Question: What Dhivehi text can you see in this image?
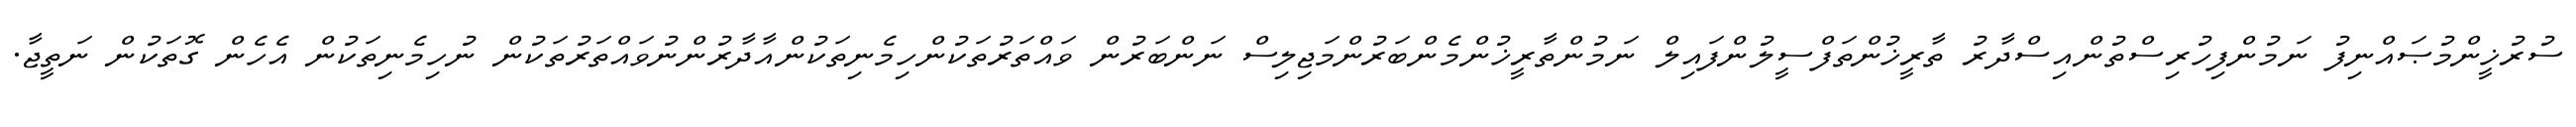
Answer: ސުރުޚީންމުޞައްނިފު ނަމުންފިހުރިސްތުންއިސްދާރު ތާރީޚުންތަފްސީލުންފައިލް ނަމުންތާރީޚުންމެންބަރުންމަޖިލިސް ނަންބަރުން ވައްތަރުތަކުންހިމެނިތަކުންއާދާރުންނުވައްތަރުތަކުން ނުހިމެނިތަކުން އެހެން ގޮތަކުން ނަތީޖާ.